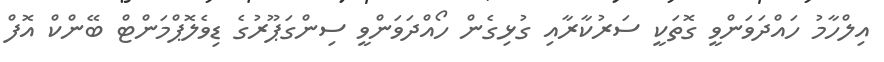
އިލްހާމު ހައްދަވަންވީ ގޮތަކީ ސަރުކާރާއި ގުޅިގެން ހޯއްދަވަންވީ ސިންގަޕޫރުގެ ޑިވެލޮޕްމަންޓް ބޭންކް އޮފް